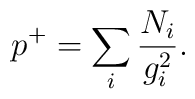
p^+ = \sum_i \frac{N_i}{g_i^2}.